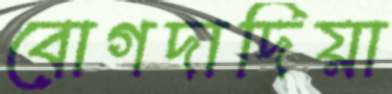
বোগদাদিয়া